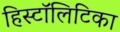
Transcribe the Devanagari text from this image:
हिस्टॉलिटिका